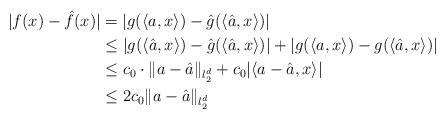
LaTeX: \begin{align*}\vert f(x)-\hat f(x)\vert&=\vert g(\langle a,x\rangle)-\hat g(\langle\hat a,x\rangle)\vert\\&\leq \vert g(\langle\hat a,x\rangle)-\hat g(\langle\hat a,x\rangle)\vert+\vert g(\langle a,x\rangle)-g(\langle\hat a,x\rangle)\vert\\&\leq c_0\cdot\|a-\hat a\|_{l_2^d}+c_0\vert\langle a-\hat a,x\rangle\vert\\&\leq 2c_0\|a-\hat a\|_{l_2^d}\end{align*}